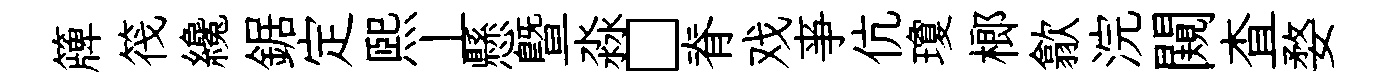
簰筏纔鋸定熙丄懸曁淼□脊戏亊伉瓊榔歙浣闚查婺